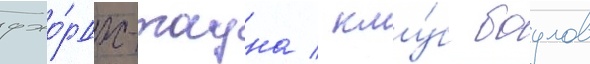
джо́рдж-тауна / клу́б боулов